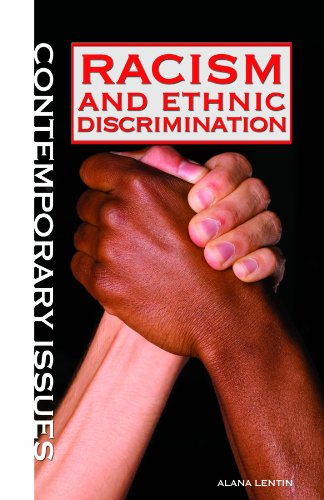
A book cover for Racism and Ethnic Discrimination (Contemporary Issues); Alana Lentin; Teen & Young Adult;